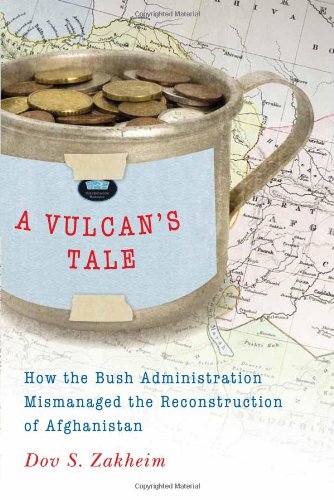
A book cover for A Vulcan's Tale: How the Bush Administration Mismanaged the Reconstruction of Afghanistan; Dov S. Zakheim; Business & Money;